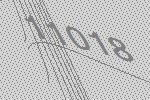
11018